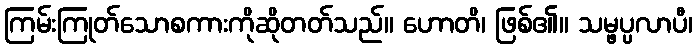
ကြမ်းကြုတ်သောစကားကိုဆိုတတ်သည်။ ဟောတိ၊ ဖြစ်၏။ သမ္ဖပ္ပလာပီ၊